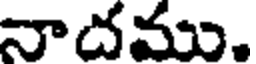
నాదము.